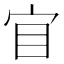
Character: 𡧟